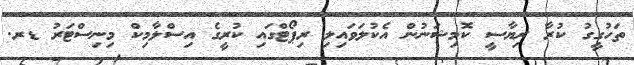
ތަހުގީގު ކުރާ ރިޔާސީ ކޮމިޝަނުން އެކުލަވައިލި ރިޕޯޓްގައި ކުރީގެ އިސްލާމިކް މިނިސްޓަރު ޑރ.